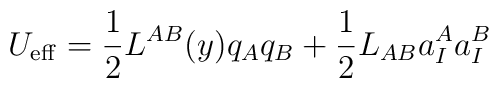
U_{\rm eff} = \frac{1}{2} L^{AB}(y) q_A q_B + \frac{1}{2}  L_{AB} a_I^A a_I^B